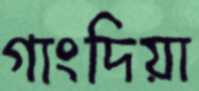
গাংদিয়া